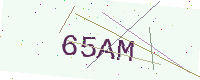
Text: 65AM